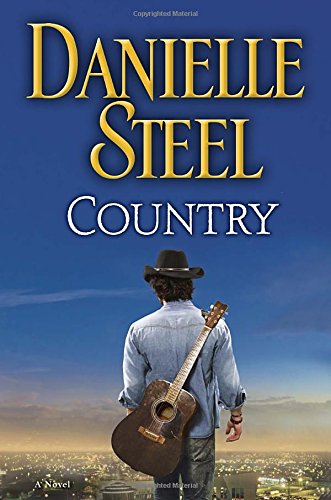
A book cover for Country: A Novel; Danielle Steel; Romance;